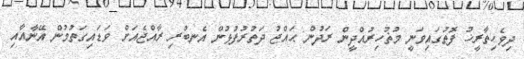
ދިވެހިތާރީޚު ފޮތުގައިވަނީ މުޡުހިރުއްދީން ރަދުން ޙައްޖު ދަތުރުފުޅުން އެނބުރި ރާއްޖެއަށް ވަޑައިގަތުމުން އޭނާއާއި